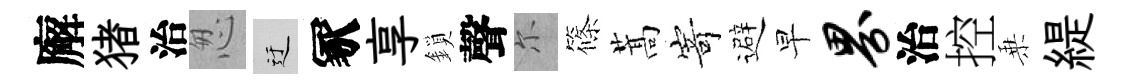
廨猪治怱迂冢享鎖聲尓篠蒿𭔃避早界治控乗緹